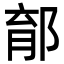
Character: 𨛼